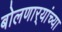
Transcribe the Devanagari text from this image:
बोलणार्‍यांच्या